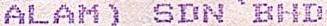
ALAM) SDN BHD